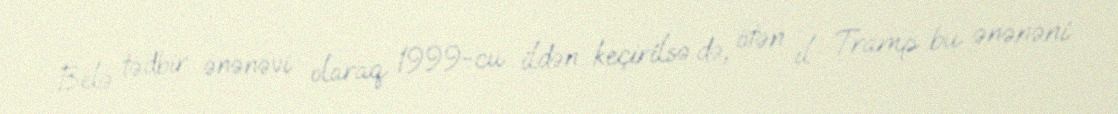
Belə tədbir ənənəvi olaraq 1999-cu ildən keçirilsə də, ötən il Tramp bu ənənəni